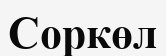
Соркөл